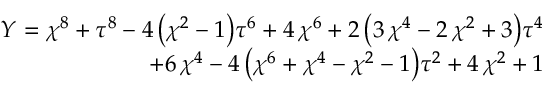
\begin{array} { r } { Y = { \chi } ^ { 8 } + { \tau } ^ { 8 } - 4 \, { \left( { \chi } ^ { 2 } - 1 \right) } { \tau } ^ { 6 } + 4 \, { \chi } ^ { 6 } + 2 \, { \left( 3 \, { \chi } ^ { 4 } - 2 \, { \chi } ^ { 2 } + 3 \right) } { \tau } ^ { 4 } } \\ { + 6 \, { \chi } ^ { 4 } - 4 \, { \left( { \chi } ^ { 6 } + { \chi } ^ { 4 } - { \chi } ^ { 2 } - 1 \right) } { \tau } ^ { 2 } + 4 \, { \chi } ^ { 2 } + 1 } \end{array}